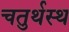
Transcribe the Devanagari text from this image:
चतुर्थस्थ